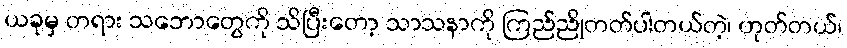
ယခုမှ တရား သဘောတွေကို သိပြီးတော့ သာသနာကို ကြည်ညိုတတ်ပါတယ်တဲ့၊ ဟုတ်တယ်၊